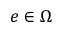
e \in \Omega